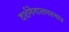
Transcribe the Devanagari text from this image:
दर्शनेनालमस्यात्र